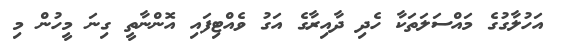
އަހުލާގުގެ މައްސަލަތަކާ ހެދި ދާއިރާގެ އަގު ވެއްޓިފައި އޮންނާތީ ގިނަ މީހުން މި